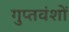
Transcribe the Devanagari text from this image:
गुप्तवंशों